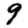
Digit: 9